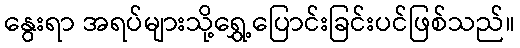
နွေးရာ အရပ်များသို့ရွှေ့ပြောင်းခြင်းပင်ဖြစ်သည်။